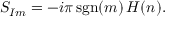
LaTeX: S _ { I m } = - i \pi \, \mathrm { s g n } ( m ) \, H ( n ) .